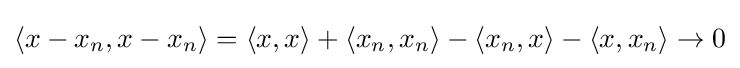
\langle x-x_{n},x-x_{n}\rangle =\langle x,x\rangle +\langle x_{n},x_{n}\rangle -\langle x_{n},x\rangle -\langle x,x_{n}\rangle \rightarrow 0